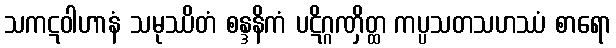
သကဋဝါဟာနံ သမုဿိတံ စန္ဒနိကံ ပဋိဂ္ဂဏှိတ္ထ ကပ္ပသတသဟဿံ စာရော